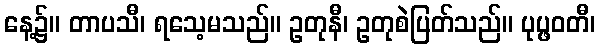
နေ့၌။ တာပသီ၊ ရသေ့မသည်။ ဥတုနီ၊ ဥတုစဲပြတ်သည်။ ပုပ္ဖဝတီ၊